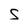
Character: S